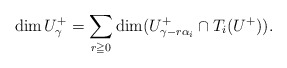
\begin{align*}\dim U^+_\gamma=\sum_{r\geqq0}\dim (U^+_{\gamma-r\alpha_i}\cap T_i(U^+)).\end{align*}